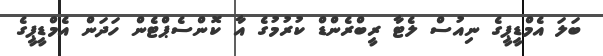
ބަލަ އެމްޑީޕީގެ ނިއުސް ލެޓާ ރީބްރެންޑް ކުރުމުގެ އާ ކޮންސެޕްޓެން ހަދަން އެމްޑީޕީގެ